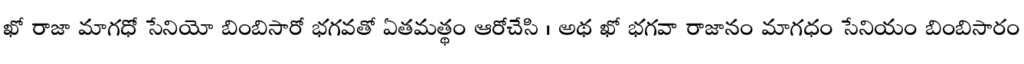
ఖో రాజా మాగధో సేనియో బింబిసారో భగవతో ఏతమత్థం ఆరోచేసి । అథ ఖో భగవా రాజానం మాగధం సేనియం బింబిసారం